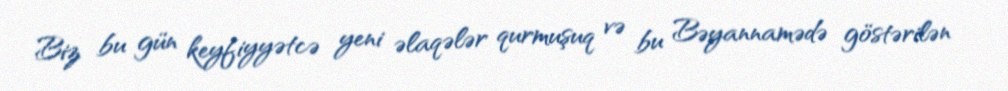
Biz bu gün keyfiyyətcə yeni əlaqələr qurmuşuq və bu Bəyannamədə göstərilən